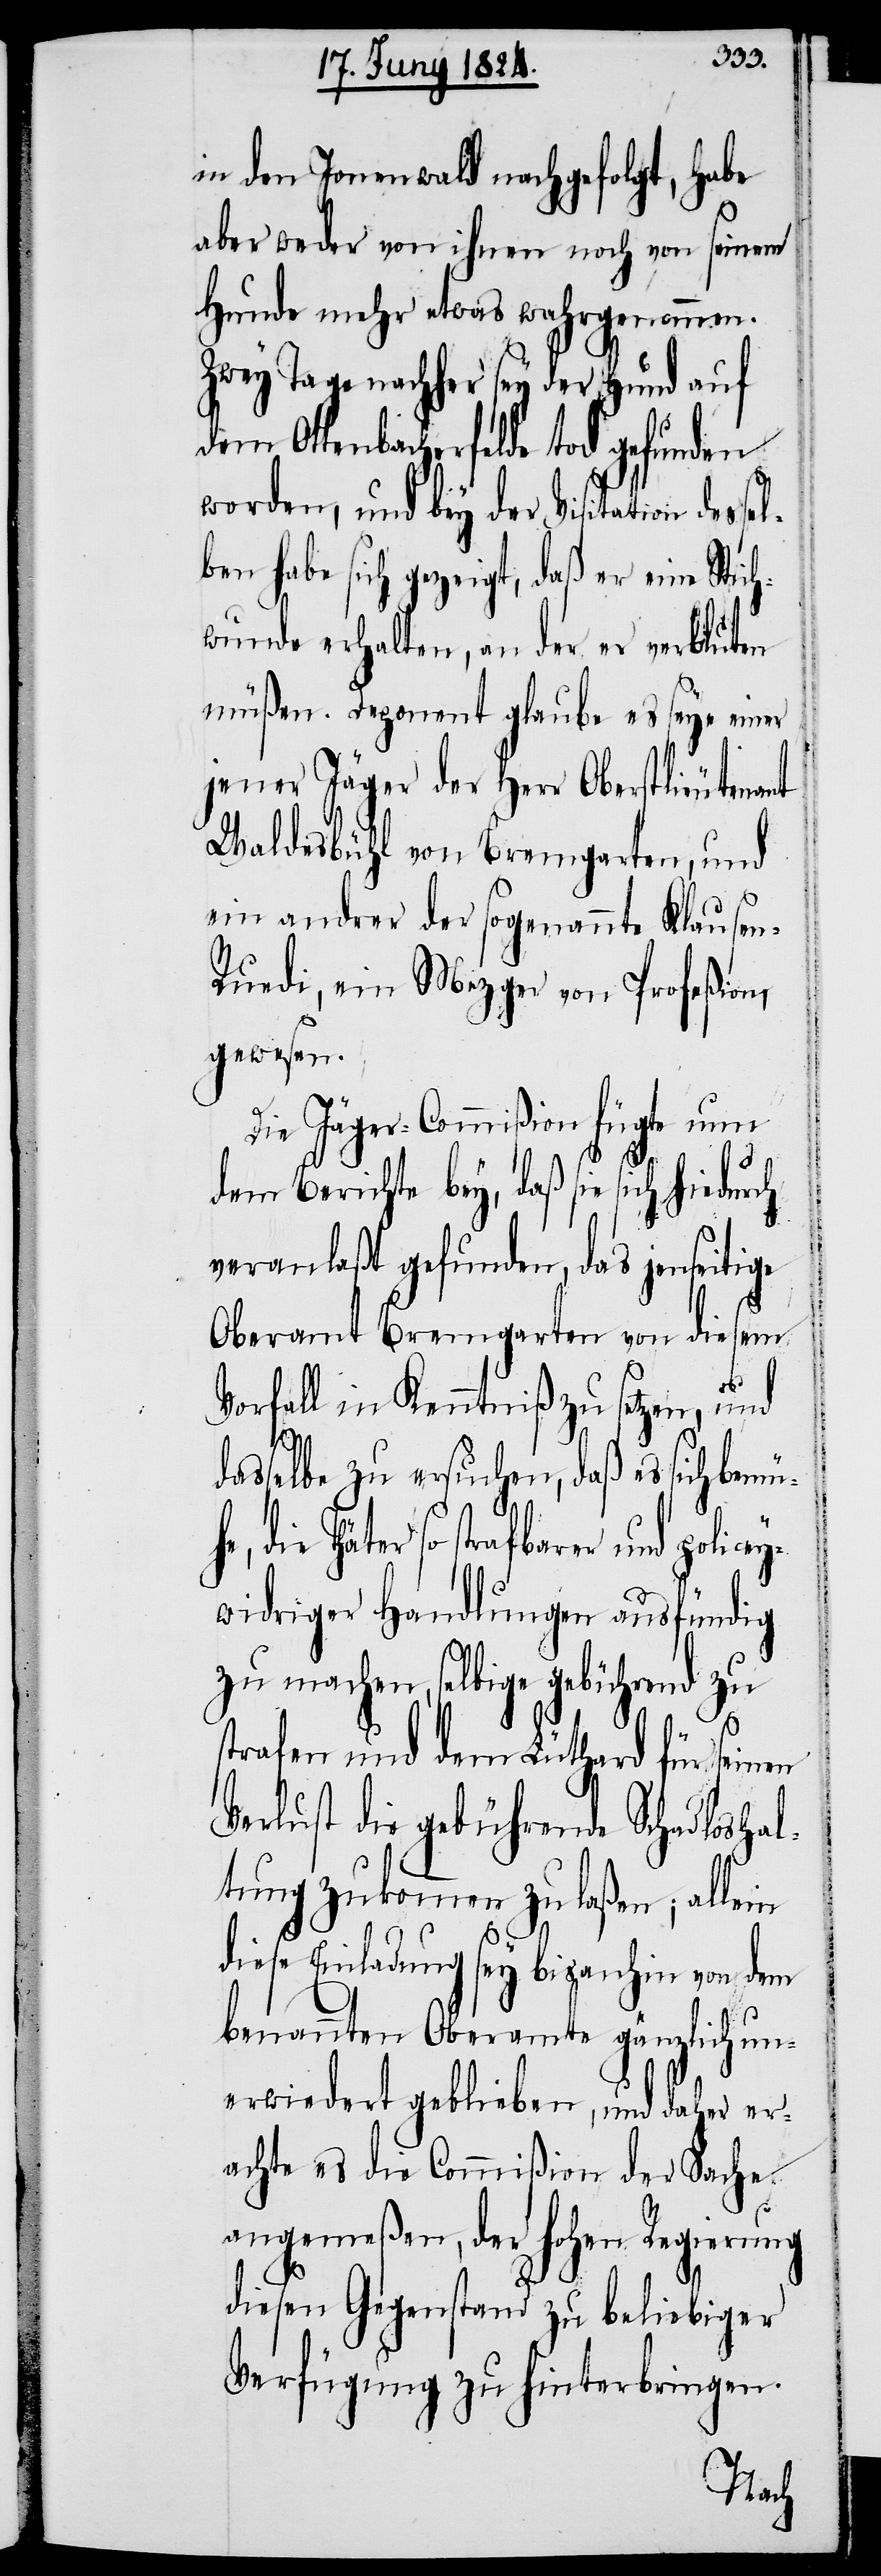
in den Jonenwald nachgefolgt, habe
aber weder von ihnen noch von seinem
Hunde mehr etwas wahrgenommen.
Zwey Tage nachher sey der Hund auf
dem Ottenbacherfelde tod gefunden
worden, und bey der Visitation desse¬
ben habe sich gezeigt, daß er eine Stic¬
hwunde erhalten, an der er verbluten
müßen. Deponent glaube es seye einer
jener Jäger der Herr Oberstlieutenant
Waldesbühl von Bremgarten, und
ein anderer der sogenannte Klause¬
n-Ruedi, ein Mezger von Profeßion,
gewesen.
Die Jäger-Commißion fügte nun
dem Berichte bey, daß sie sich hiedurch
veranlaßt gefunden, das jenseitige
Oberamt Bremgarten von diesem
Vorfall in Kenntniß zu setzen, und
dasselbe zu ersuchen, daß es sich bemüh¬
e, die Thäter so strafbarer und policey¬
widriger Handlungen ausfündig
machen und dem Lüthard für seinen
Verlust die gebührende Schadloshal¬
tung zukommen zu laßen; allein
l¬
diese Einladung sey bisanhin von dem
benannten Oberamte gänzlich un¬
erwiedert geblieben, und daher er¬
achte es die Commißion der Sache
angemeßen, der hohen Regierung
diesen Gegenstand zu beliebiger
Verfügung zu hinterbringen.